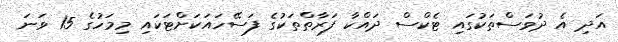
އަދި އެ ދުވަސްތަކުގައި ޓެކްސް ދައްކާ ފަރާތްތަކުގެ ފަސޭހައަކަށްްޓަކައި މިމަހުގެ 15 ވަނަ